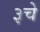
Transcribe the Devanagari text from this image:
३चे